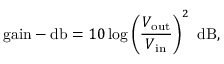
{ \mathrm { g a i n - d b } } = 1 0 \log \left( { \frac { V _ { \mathrm { o u t } } } { V _ { \mathrm { i n } } } } \right) ^ { 2 } ~ { \mathrm { d B } } ,